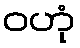
ဝဟုံ